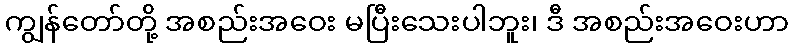
ကျွန်တော်တို့ အစည်းအဝေး မပြီးသေးပါဘူး၊ ဒီ အစည်းအဝေးဟာ